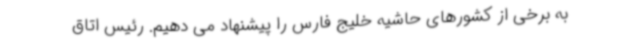
به برخی از کشورهای حاشیه خلیج فارس را پیشنهاد می دهیم. رئیس اتاق